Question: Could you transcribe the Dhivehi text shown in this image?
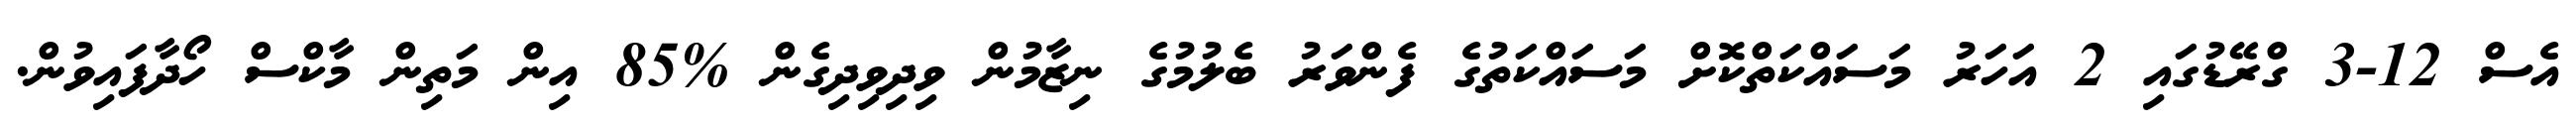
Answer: އެސް 12-3 ގްރޭޑުގައި 2 އަހަރު މަސައްކަތްކޮށް މަސައްކަތުގެ ފެންވަރު ބެލުމުގެ ނިޒާމުން ވިދިވިދިގެން %85 އިން މަތިން މާކްސް ހޯދާފައިވުން.